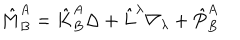
\hat { M } _ { B } ^ { A } = \hat { K } _ { B } ^ { A } \Delta + \hat { L } ^ { \lambda } \nabla _ { \lambda } + \hat { P } _ { B } ^ { A }